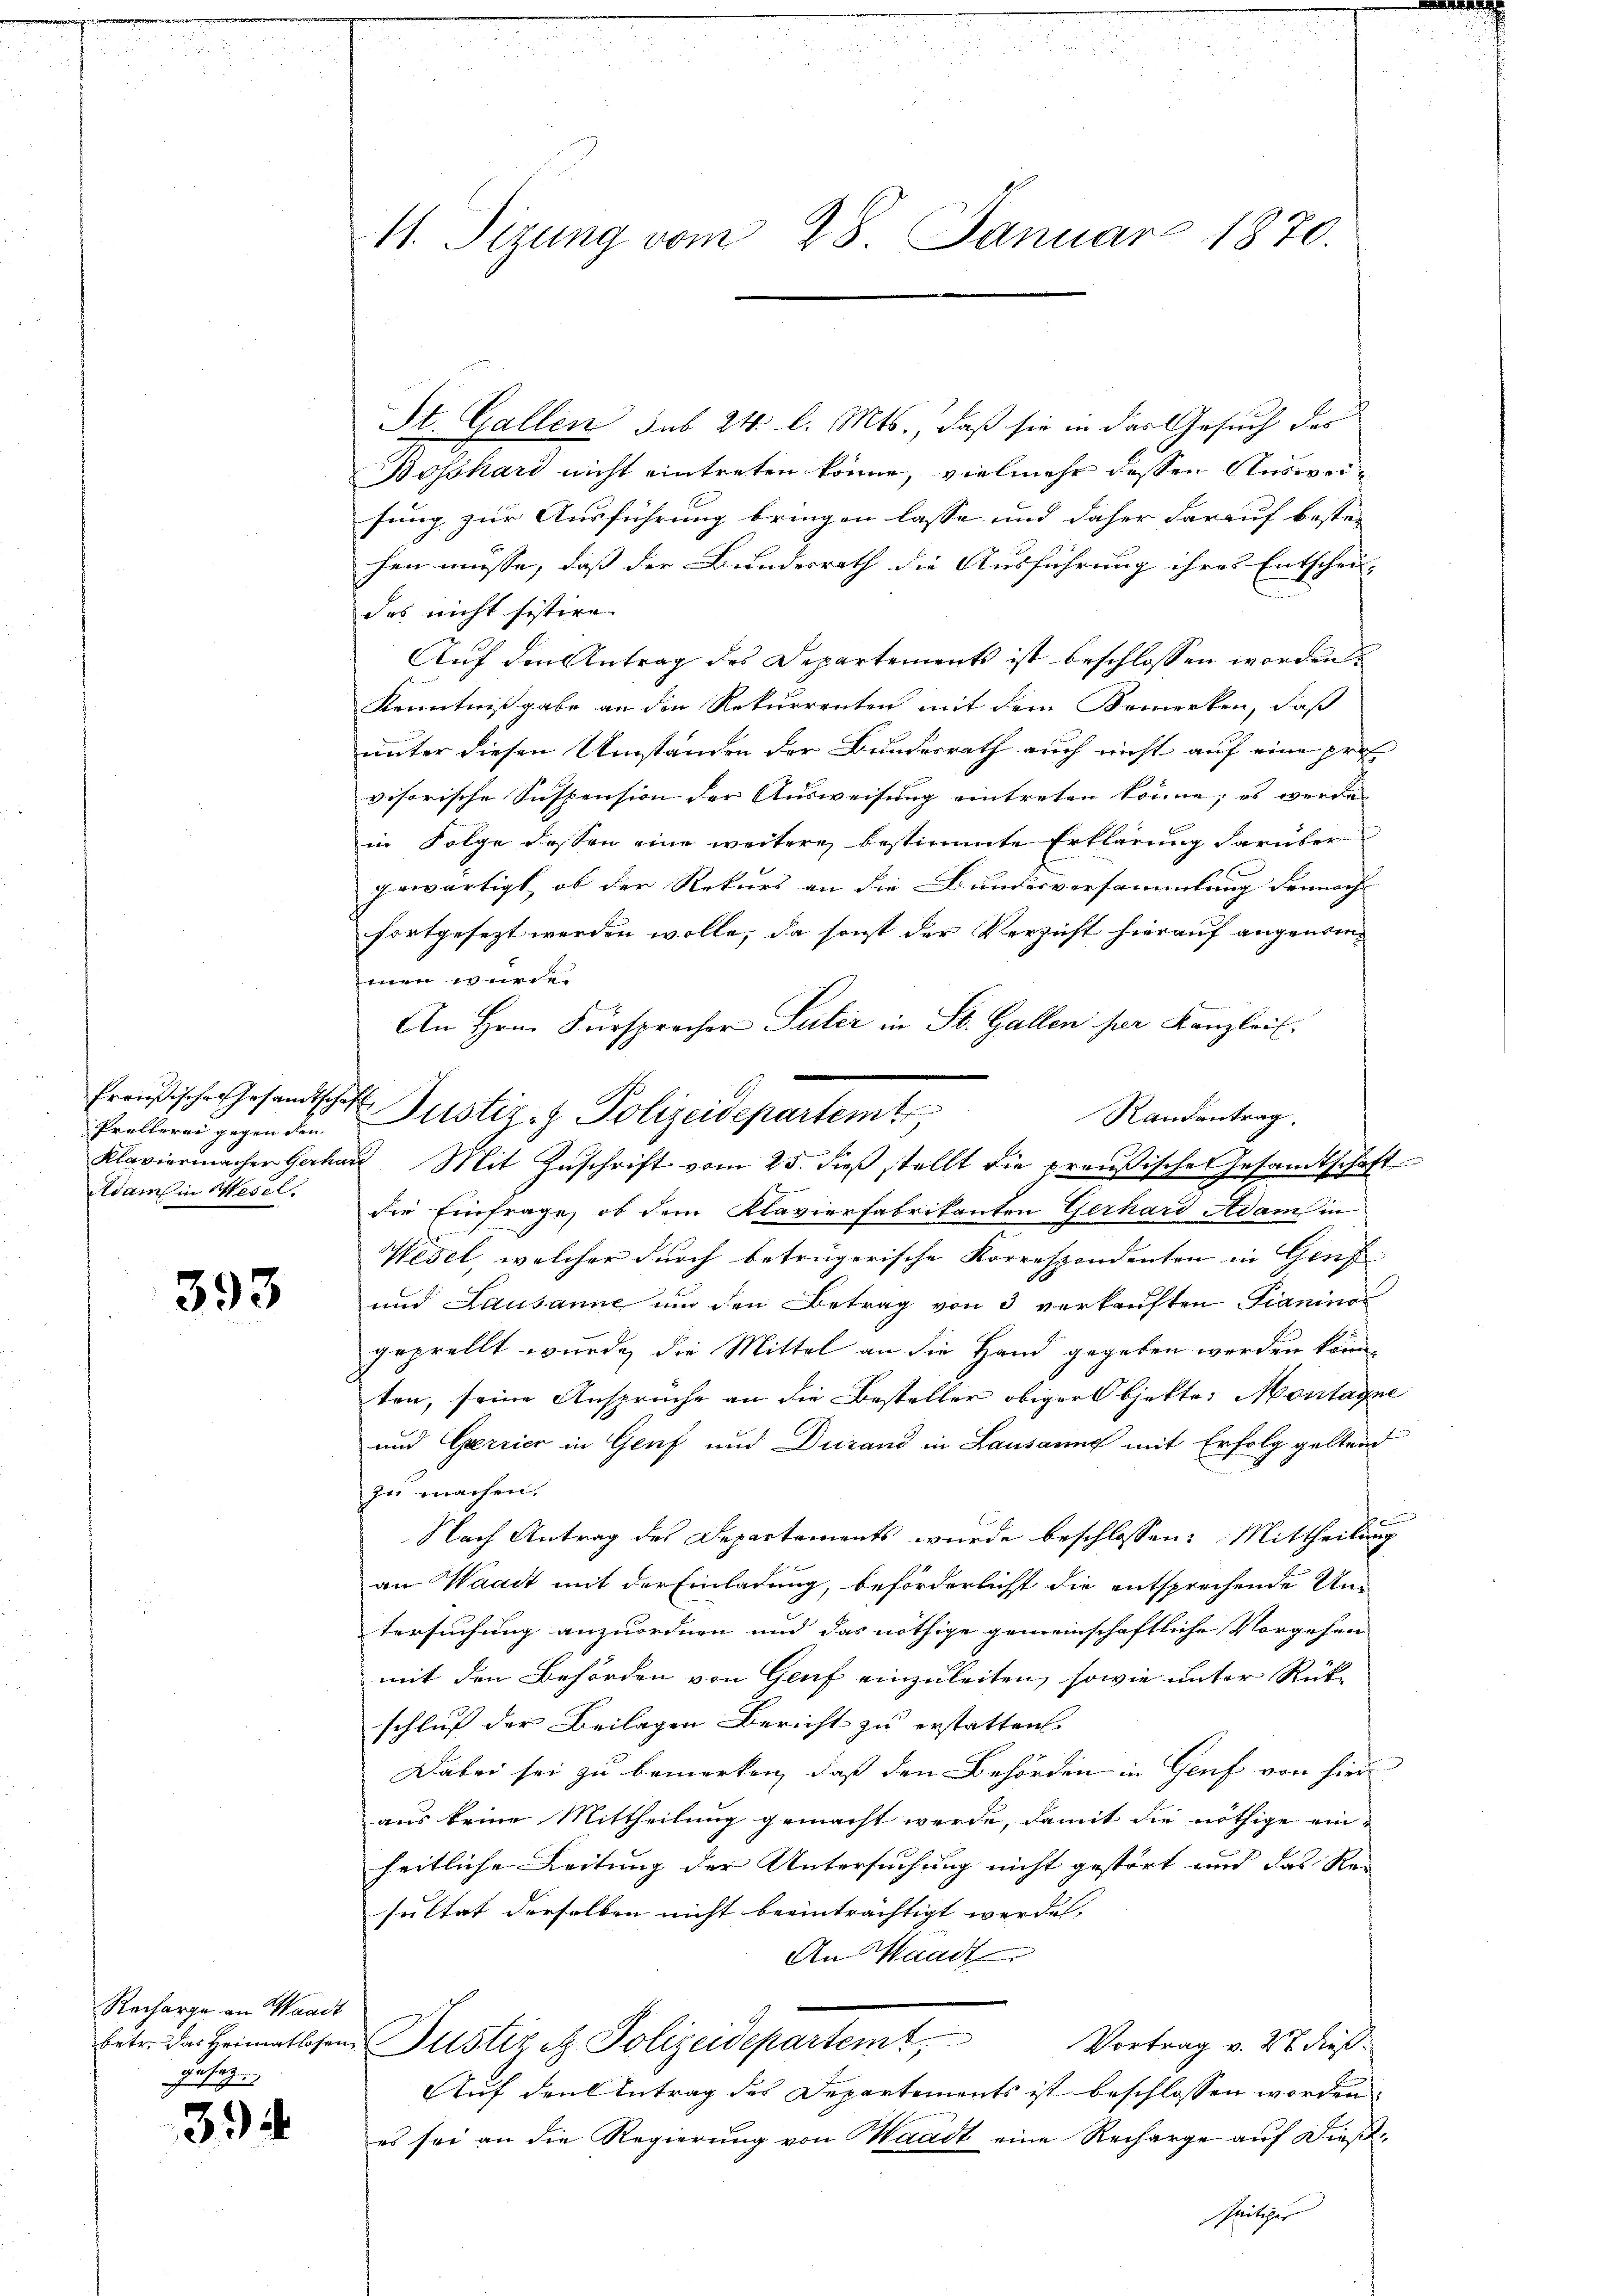
Preußische Gesandtschaft
Prellerei gegen den
Adams in Mesel

393

Recharge an Waadt
gesetz.

334

11. Sizung vom 28. Januar 1870.

St. Gallen sub 24. l. Mts., daß sie in das Gesuch der
Bossari nicht eintreten könne, vielmehr dessen Ausweisung zur Ausführung bringen lasse und daher darauf beste-
hen müsse, daß der Bundesrath die Ausführung ihres Entschei- |
das nicht sistire
Auf den Antrag des Departements ist beschlossen worden.
Kenntnißgabe an den Rekurrenten mit dem Bemerken, daß
unter diesen Umständen der Bundesrath auch nicht auf eine prof
visorische Suspension der Ausweisung eintreten könne; es werde
E
in Folge dessen eine weitere bestimmte Erklärung darüber
gewärtigt, ob der Rekurs an die Bundesversammlung dennoch |
fortgesezt werden wolle; da sonst der Verzicht hierauf angenommen wurde.
An Hrn. Fürsprocher Suter in St. Gallen per Kanzlei.
Randantrag.
Klaviermacher Gerhar Mit Zŭschrift vom 25. dieβ stellt die preußische Gesamtschaft
die Einfrage, ob dem Klavierfabrikanten Gerhard Adam in
Wesel, welcher durch betrügerische Korrespondenten in Genf
und Lausanne um den Betrag von 3 verkauften Fianina
geprellt wurde, die Mittel an die Hand gegeben werden könn
ten, seine Ansprüche an die Besteller obigers bjekte. Montagne
und Garrier in Genf und Durand in Lausanne mit Erfolg geltend
zu machen.
Nach Antrag des Departements wurde beschlossen: Mittheilung
F
an Waadt mit der Einladung, beförderlicht die entsprechende Umtersuchung anzuordnen und das nöthige gemeinschaftliche Vorgehen
mit den Behörden von Genf einzuleiten, sowie unter Rück-
schluß der Beilagen Bericht zu erstatten.
Dabei sei zu bemerken, daß den Behörden in Genf von hier
aus keine Mittheilung gemacht werde, damit die nöthige ein-
heitliche Leitung der Untersuchung nicht gestört und das Re- |
sultat derselben nicht beeinträchtigt werden. |
An Waadt
betr. das Heimatlosen Pustiz etz. Polizeidepartemt,
Vortrag v. 27 dieß.
Auf den Antrag des Departements ist beschlossen worden.
es sei an die Regierung von Waadt eine Recharge auf Dießzeitiger |

Justiz- & Polizeidepartem